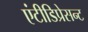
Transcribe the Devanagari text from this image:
एंटीडिप्रेसन्ट